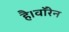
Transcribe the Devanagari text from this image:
है।वॉरेन